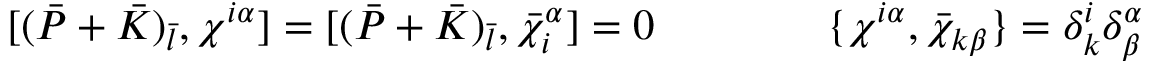
\lbrack ( \bar { P } + \bar { K } ) _ { \bar { l } } , \chi ^ { i \alpha } \rbrack = \lbrack ( \bar { P } + \bar { K } ) _ { \bar { l } } , \bar { \chi } _ { i } ^ { \alpha } \rbrack = 0 \qquad \qquad \{ \chi ^ { i \alpha } , \bar { \chi } _ { k \beta } \} = \delta _ { k } ^ { i } \delta _ { \beta } ^ { \alpha }